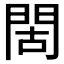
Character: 𫔜